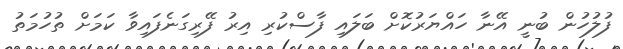
ފުލުހުން ބުނީ އޭނާ ހައްޔަރުކޮށް ބަލައި ފާސްކުރި އިރު ފޭރިގަނެފައިވާ ކަމަށް ތުހުމަތު